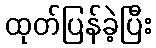
ထုတ်ပြန်ခဲ့ပြီး